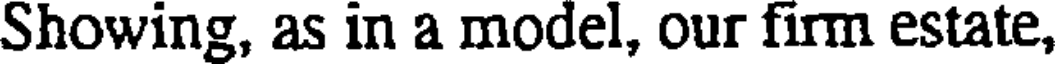
Showing, as in a model, our firm estate,